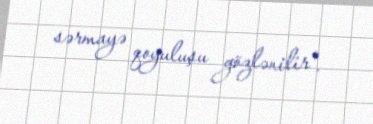
sərmayə qoyuluşu gözlənilir".